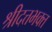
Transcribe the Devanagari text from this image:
श्रीदत्तभक्त